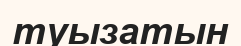
туызатын